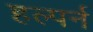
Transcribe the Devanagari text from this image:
हल्पर्न